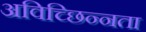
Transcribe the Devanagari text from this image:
अविच्छिन्नता